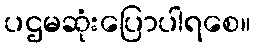
ပဌမဆုံးပြောပါရစေ။